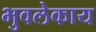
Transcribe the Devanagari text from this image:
भुवलेकाय